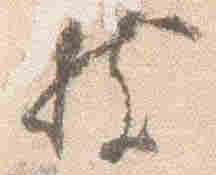
枝